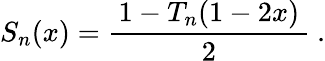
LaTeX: S_{n}(x)={\frac{\, 1-T_{n}(1-2x)\, }{2}}~.